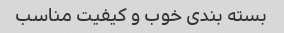
بسته بندی خوب و کیفیت مناسب